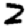
Digit: 2